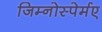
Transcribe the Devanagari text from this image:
जिम्नोस्पेर्मए